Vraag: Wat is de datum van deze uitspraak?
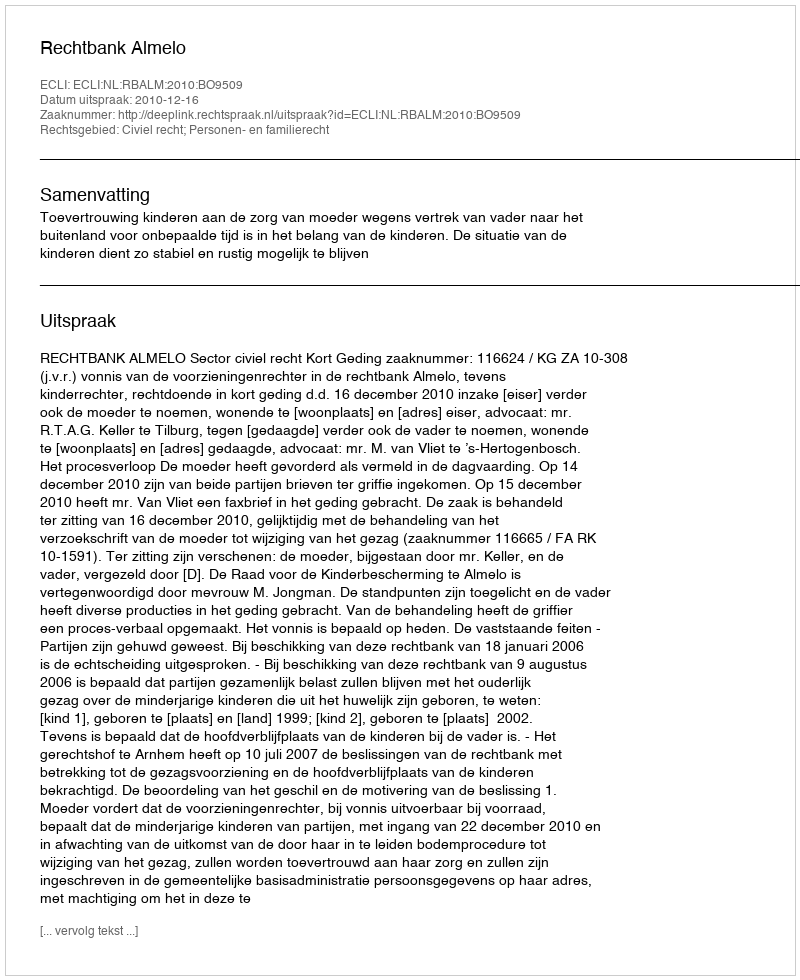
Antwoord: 2010-12-16